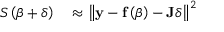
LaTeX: \begin{array} { r l } { S \left( { \boldsymbol { \beta } } + { \boldsymbol { \delta } } \right) } & { { } \approx \left\| \mathbf { y } - \mathbf { f } \left( { \boldsymbol { \beta } } \right) - \mathbf { J } { \boldsymbol { \delta } } \right\| ^ { 2 } } \end{array}